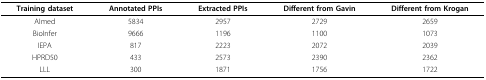
| Training dataset | Annotated PPIs | Extracted PPIs | Different from Gavin | Different from Krogan |
 | --- | --- | --- | --- | --- |
 | AImed | 5834 | 2957 | 2729 | 2659 |
 | BioInfer | 9666 | 1196 | 1100 | 1073 |
 | IEPA | 817 | 2223 | 2072 | 2039 |
 | HPRD50 | 433 | 2573 | 2390 | 2362 |
 | LLL | 300 | 1871 | 1756 | 1722 |